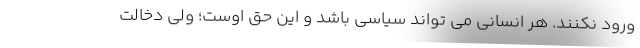
ورود نکنند. هر انسانی می تواند سیاسی باشد و این حق اوست؛ ولی دخالت